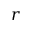
r